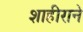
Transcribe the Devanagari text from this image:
शाहीराने